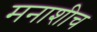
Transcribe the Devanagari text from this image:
मनाशीच